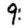
Digit: 9